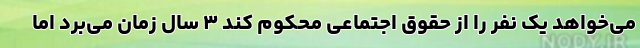
می‌خواهد یک نفر را از حقوق اجتماعی محکوم کند ۳ سال زمان می‌برد اما